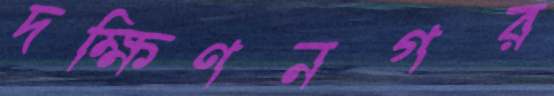
দক্ষিণনগর